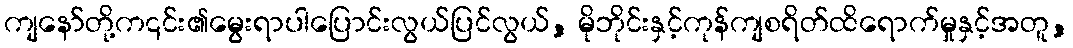
ကျနော်တို့က၎င်း၏မွေးရာပါပြောင်းလွယ်ပြင်လွယ်, မိုဘိုင်းနှင့်ကုန်ကျစရိတ်ထိရောက်မှုနှင့်အတူ,